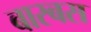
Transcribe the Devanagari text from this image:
बास्बस